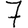
Digit: 7